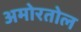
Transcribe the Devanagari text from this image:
अमोरतोल